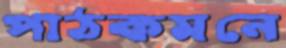
পাঠকমনে